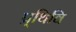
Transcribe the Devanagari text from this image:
प्र्थिवि